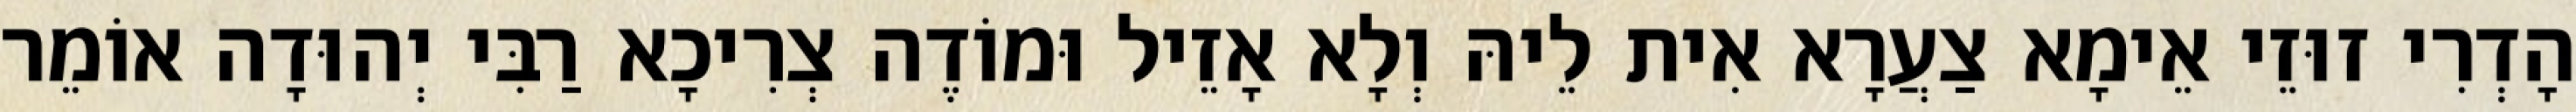
הָדְרִי זוּזֵי אֵימָא צַעֲרָא אִית לֵיהּ וְלָא אָזֵיל וּמוֹדֶה צְרִיכָא רַבִּי יְהוּדָה אוֹמֵר